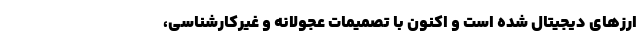
ارز‌های دیجیتال شده است و اکنون با تصمیمات عجولانه و غیرکارشناسی،